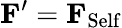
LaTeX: \textbf{F}^{\prime}=\textbf{F}_{\mathrm{Self}}